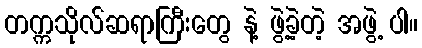
တက္ကသိုလ်ဆရာကြီးတွေ နဲ့ ဖွဲ့ခဲ့တဲ့ အဖွဲ့ ပါ။